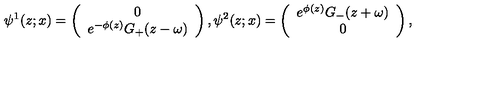
\psi ^ { 1 } ( z ; x ) = \left( \begin{array} { c r } { 0 } \\ { e ^ { - \phi ( z ) } G _ { + } ( z - \omega ) } \\ \end{array} \right) , \psi ^ { 2 } ( z ; x ) = \left( \begin{array} { c r } { e ^ { \phi ( z ) } G _ { - } ( z + \omega ) } \\ { 0 } \\ \end{array} \right) ,